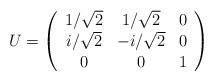
LaTeX: \begin{align*}U=\left( \begin{array}{ccc}1/\sqrt{2}&1/\sqrt{2}&0 \\i/\sqrt{2}& -i/\sqrt{2}&0\\0&0&1\end{array} \right)\end{align*}